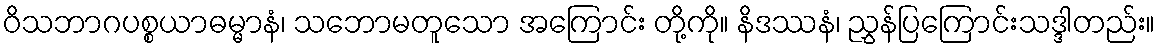
ဝိသဘာဂပစ္စယာဓမ္မာနံ၊ သဘောမတူသော အကြောင်း တို့ကို။ နိဒဿနံ၊ ညွှန်ပြကြောင်းသဒ္ဒါတည်း။